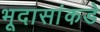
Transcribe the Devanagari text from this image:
भूदासांकडे